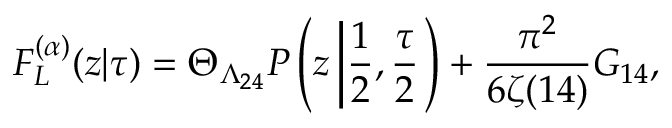
F _ { L } ^ { ( \alpha ) } ( z | \tau ) = \Theta _ { \Lambda _ { 2 4 } } { \cal P } \left( z \left| \frac { 1 } { 2 } , \frac { \tau } { 2 } \right. \right) + \frac { \pi ^ { 2 } } { 6 \zeta ( 1 4 ) } G _ { 1 4 } ,